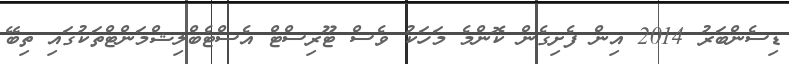
ޑިސެންބަރު 2014 އިން ފެށިގެން ކޮންމެ މަހަކު ވެސް ޓޫރިސްޓް އެސްޓެބްލިޝްމަންޓްތަކުގައި ތިބޭ